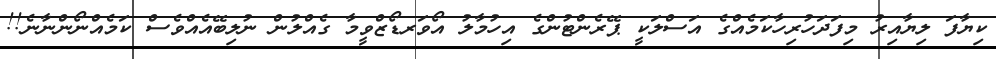
ކިޔާފަ ލިޔާއިރު މިފަދަހުރިހާކަމެއްގެ އަސްލަކީ ޕޭރެންޓުންގެ އިހުމާލު އޯވަރޑޯޒްވީމާ ގެއްލުން ނުލިބޭއެއްވެސް ކަމެއްނޯންނާނެ!!